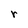
Character: r